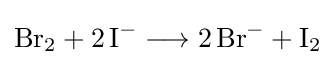
{\mathrm {Br} {\vphantom {A}}_{\smash[{t}]{2}}{}+{}2\,\mathrm {I} {\vphantom {A}}^{-}{}\mathrel {\longrightarrow } {}2\,\mathrm {Br} {\vphantom {A}}^{-}{}+{}\mathrm {I} {\vphantom {A}}_{\smash[{t}]{2}}}